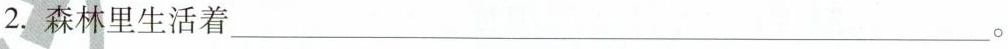
2.森林里生活着___。